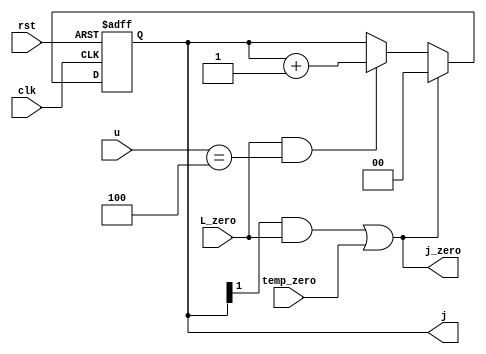
module J_count_L17(u,L_zero,clk,rst,j,j_zero,temp_zero);
input L_zero,rst,clk,temp_zero;
input [2:0] u;
output reg  [1:0] j;
output wire j_zero;
always @ (posedge clk or negedge rst)
	begin
		if (!rst )
			 j<=0;  
		else if((j[1] && L_zero)||temp_zero)
			j<=0;
		else if(L_zero && u==4)
			 j<=j+2'b01;  
	end
assign j_zero=(j[1] && L_zero)||temp_zero;

endmodule